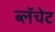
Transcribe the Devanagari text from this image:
ब्लॅंचेट